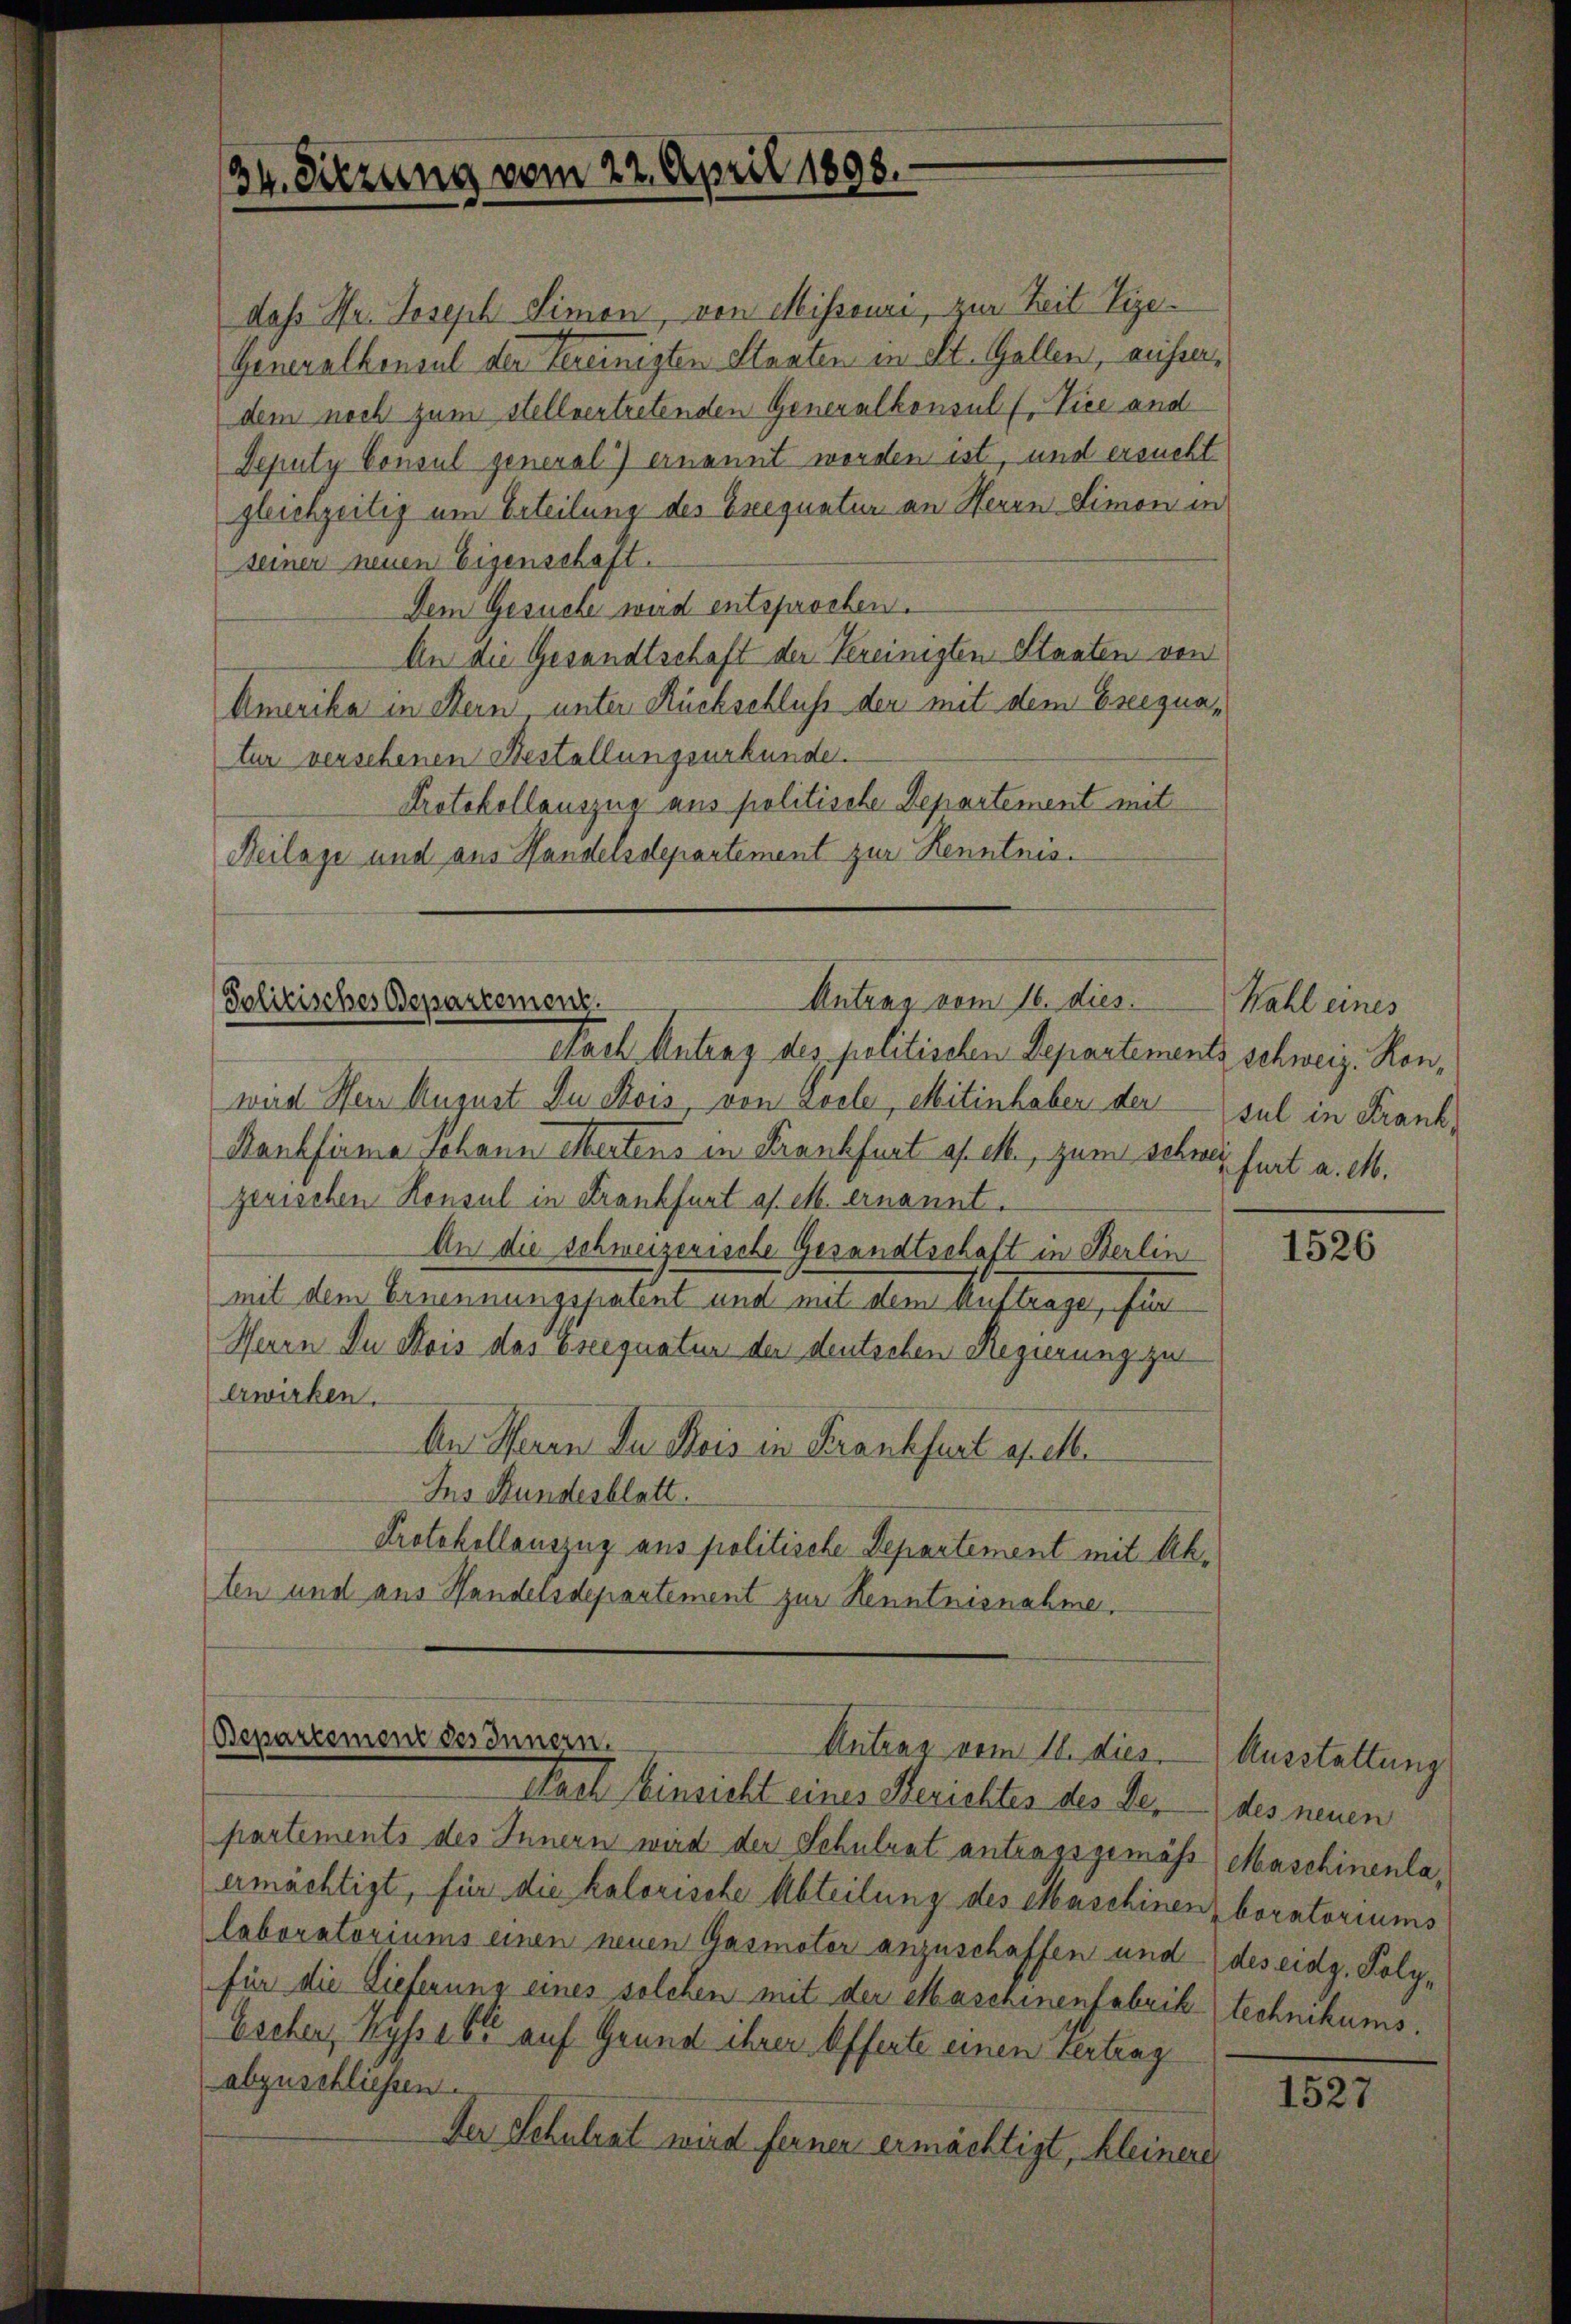
34. Sitzung vom 22. April 1898.

daß Hr. Joseph Simon, von Mihsouri, zur Zeit Vize-
Generalkonsul der Vereinigten Staaten in St. Gallen, ausserdem noch zum stellvertretenden Generalkonsuls Vice and
Deputy Consul general) ernannt worden ist, und ersucht
gleichzeitig um Erteilung des Exequatur an Herrn Limon in
seiner neuen Eigenschaft.
Dem Gesuche wird entsprochen.
An die Gesandtschaft der Kereinigten Staaten von
Amerika in Bern, unter Rückschluß der mit dem Ereignatur verschenen Bestellungsurkunde.
Protokollauszug aus politische Departement mit
Beilage und aus Handelsdepartement zur Kenntnis¬

Antrag vom 16. dies
Politisches Departemenz.
Nach Antrag des politischen Departements schweiz. Kon¬

wird Herr August Du Bois, von Zoele, Mitinhaber der sul in Frank¬
Rankfirma Johann Mertens in Krankfurt a/. M., zum schwer furt a. M.
zerischen Konsul in Krankfurt of M. ernannt.
An die schweizerische Gesandtschaft in Berlin
mit dem Ernennungspatent und mit dem Auftrage, für
Herrn Du Bois das Essegnatur der deutschen Regierung zu
erwirken.
An Theren Du Bois in Frankfurt es. el.
Ins Hundesblatt.
Protokollauszug aus politische Departement mit Akten und aus Handelsdepartement zur Kenntnisnahme,

Bepartemente des Innern.
Antrag vom 11. dies Ausstattung
Nach Einsicht eines Berichtes des der

partements des Innern wird der Schulrat antragsgemäss Maschinenlaermächtigt, für die kolorische Abteilung des Maschinen boratoriums
laboratoriums einen neuen Gasmater anzuschaffen und des eidg. Polyfür die Lieferung eines solchen mit der Maschinenfabrik-technikums.
Eschen, Wyss est auf Grund ihrer Offerte einen Vertrag
abzuschliessene
Der Schulrat wird ferner ermächtigt, kleinere

Wahl eines

1526

des neuen

1527